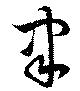
聿